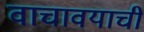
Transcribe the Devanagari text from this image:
वाचावयाचीं